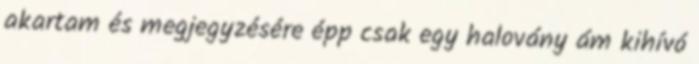
akartam és megjegyzésére épp csak egy halovány ám kihívó